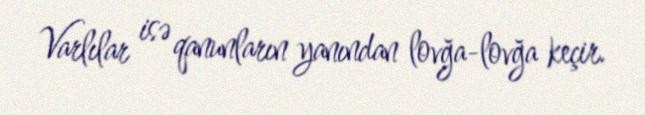
Varlılar isə qanunların yanından lovğa-lovğa keçir.